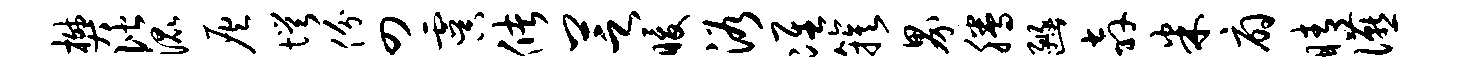
樊偕混灰愕份四虞储芝暖浴准簇界腾豳奔米扇睛宴